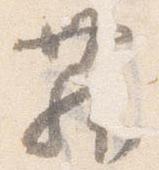
舞